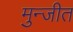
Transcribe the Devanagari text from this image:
मुन्जीत